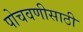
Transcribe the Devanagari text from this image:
पोचवणीसाठी